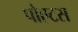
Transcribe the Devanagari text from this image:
पोएटस